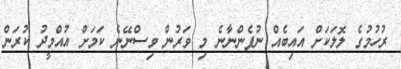
ރުހުމުގެ ލޮލަކަށް އައިބެއް ނުފެންނާނެ މި ވަރުން ވިސްނޭނެ ކަމަށް އުއްމީދު ކުރަން